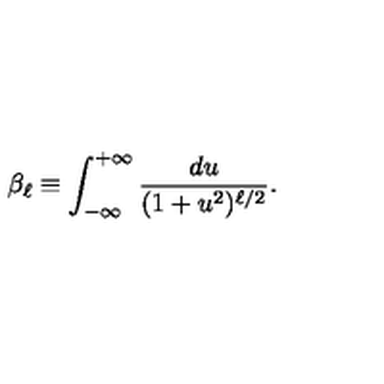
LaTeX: \beta _ { \ell } \equiv \int _ { - \infty } ^ { + \infty } \frac { d u } { ( 1 + u ^ { 2 } ) ^ { \ell / 2 } } .